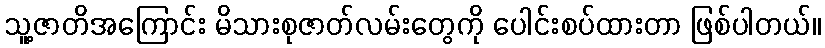
သူ့ဇာတိအကြောင်း မိသားစုဇာတ်လမ်းတွေကို ပေါင်းစပ်ထားတာ ဖြစ်ပါတယ်။